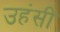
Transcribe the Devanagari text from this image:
उहंसी